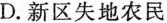
D.新区失地农民